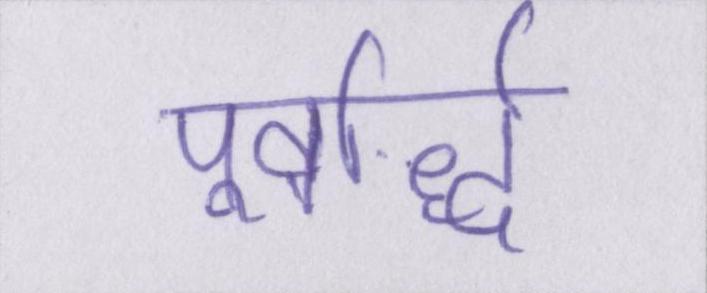
पूर्वार्द्ध